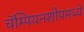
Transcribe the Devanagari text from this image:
चॅम्पियनशीपमध्ये